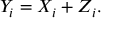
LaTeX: Y _ { i } = X _ { i } + Z _ { i } . \,